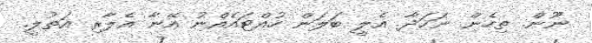
ނޫން. ތިހެން ނަހަދާ. އެލީ ބަލަން ހުއްޓައެއްނު އޭނާ އެލާރި އަތުލީ.